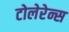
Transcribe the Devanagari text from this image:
टोलेरेन्स